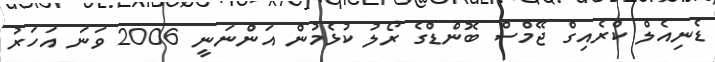
ޑެނިއެލް ކްރެއިގް ޖޭމްސް ބޮންޑްގެ ރޯލު ކުޅެމުން އަންނަނީ 2006 ވަނަ އަހަރު